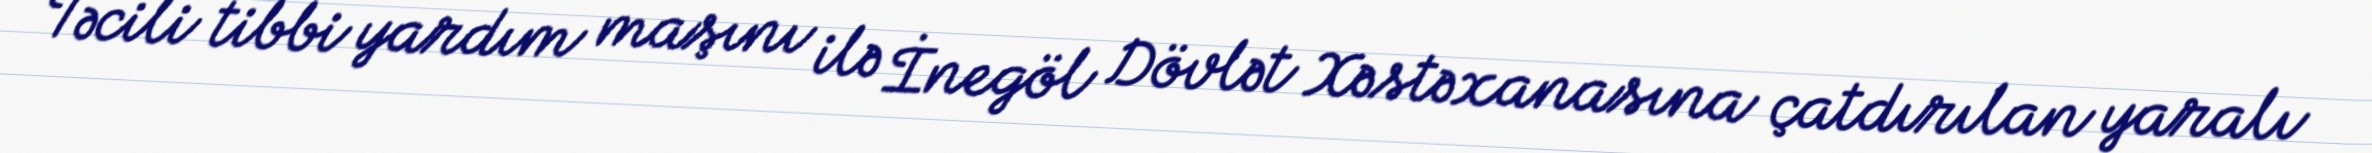
Təcili tibbi yardım maşını ilə İnegöl Dövlət Xəstəxanasına çatdırılan yaralı